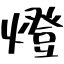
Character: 燈